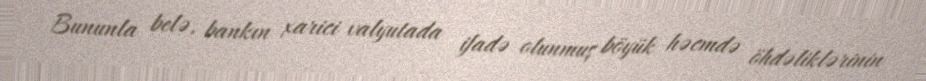
Bununla belə, bankın xarici valyutada ifadə olunmuş böyük həcmdə öhdəliklərinin